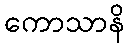
ကောသာနိ